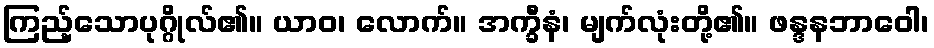
ကြည့်သောပုဂ္ဂိုလ်၏။ ယာဝ၊ လောက်။ အက္ခီနံ၊ မျက်လုံးတို့၏။ ဖန္ဒနဘာဝေါ၊